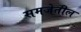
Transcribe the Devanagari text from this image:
समजेतील